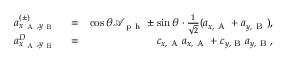
\begin{array} { r l r } { a _ { x _ { \mathrm { ~ A ~ } } , y _ { \mathrm { ~ B ~ } } } ^ { ( \pm ) } } & { { } = } & { \cos { \theta } \mathcal { A } _ { \mathrm { ~ p ~ h ~ } } \pm \sin { \theta } \cdot \frac { 1 } { \sqrt { 2 } } ( a _ { x , \mathrm { ~ A ~ } } + a _ { y , \mathrm { ~ B ~ } } ) , } \\ { a _ { x _ { \mathrm { ~ A ~ } } , y _ { \mathrm { ~ B ~ } } } ^ { D } } & { { } = } & { c _ { x , \mathrm { ~ A ~ } } a _ { x , \mathrm { ~ A ~ } } + c _ { y , \mathrm { ~ B ~ } } a _ { y , \mathrm { ~ B ~ } } , } \end{array}